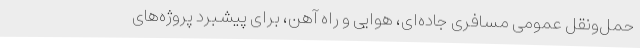
حمل‌ونقل عمومی مسافری جاده‌ای، هوایی و راه آهن، برای پیشبرد پروژه‌های